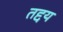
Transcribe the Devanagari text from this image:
तद्दय